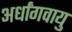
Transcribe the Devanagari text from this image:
अर्धांगवायु